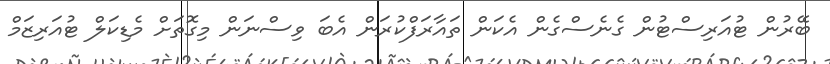
ބޭރުން ޓުއަރިސްޓުން ގެނެސްގެން އެކަން ތައާރަފްކުރަން އެބަ ވިސްނަން މިގޮތަށް މެޑިކަލް ޓުއަރިޒަމް